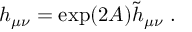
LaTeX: h _ { \mu \nu } = \exp ( 2 A ) { \widetilde h } _ { \mu \nu } ~ .